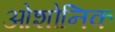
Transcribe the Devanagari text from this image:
ओशोनिक